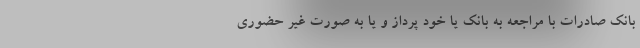
بانک صادرات با مراجعه به بانک یا خود پرداز و یا به صورت غیر حضوری